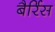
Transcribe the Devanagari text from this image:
बैर्रिस